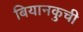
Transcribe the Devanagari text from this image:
बियानकुची